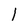
Character: l